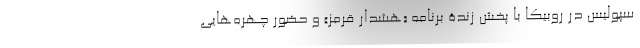
سپولیس در روبیکا با پخش زندۀ برنامه «هشدار قرمز» و حضور چهره‌هایی